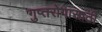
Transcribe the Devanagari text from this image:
गुप्तरोगासाठी